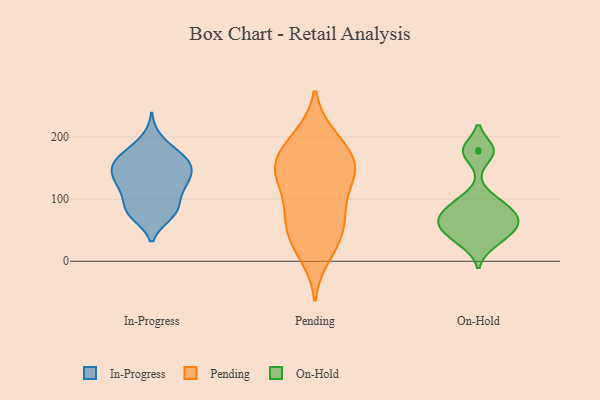
{"axis": {"x": "Shipments", "y": "Value"}, "legend": ["In-Progress", "On-Hold", "Pending"], "data": [{"x": "", "y": 125, "type": "In-Progress"}, {"x": "", "y": 144, "type": "In-Progress"}, {"x": "", "y": 84, "type": "In-Progress"}, {"x": "", "y": 106, "type": "In-Progress"}, {"x": "", "y": 160, "type": "In-Progress"}, {"x": "", "y": 75, "type": "In-Progress"}, {"x": "", "y": 175, "type": "In-Progress"}, {"x": "", "y": 120, "type": "In-Progress"}, {"x": "", "y": 196, "type": "In-Progress"}, {"x": "", "y": 156, "type": "In-Progress"}, {"x": "", "y": 139, "type": "In-Progress"}, {"x": "", "y": 83, "type": "In-Progress"}, {"x": "", "y": 124, "type": "In-Progress"}, {"x": "", "y": 121, "type": "In-Progress"}, {"x": "", "y": 76, "type": "In-Progress"}, {"x": "", "y": 166, "type": "In-Progress"}, {"x": "", "y": 148, "type": "In-Progress"}, {"x": "", "y": 80, "type": "In-Progress"}, {"x": "", "y": 172, "type": "In-Progress"}, {"x": "", "y": 154, "type": "In-Progress"}, {"x": "", "y": 77, "type": "Pending"}, {"x": "", "y": 150, "type": "Pending"}, {"x": "", "y": 200, "type": "Pending"}, {"x": "", "y": 10, "type": "Pending"}, {"x": "", "y": 156, "type": "Pending"}, {"x": "", "y": 75, "type": "Pending"}, {"x": "", "y": 151, "type": "Pending"}, {"x": "", "y": 115, "type": "Pending"}, {"x": "", "y": 140, "type": "Pending"}, {"x": "", "y": 147, "type": "Pending"}, {"x": "", "y": 186, "type": "Pending"}, {"x": "", "y": 146, "type": "Pending"}, {"x": "", "y": 28, "type": "Pending"}, {"x": "", "y": 35, "type": "Pending"}, {"x": "", "y": 54, "type": "Pending"}, {"x": "", "y": 197, "type": "Pending"}, {"x": "", "y": 79, "type": "Pending"}, {"x": "", "y": 54, "type": "On-Hold"}, {"x": "", "y": 176, "type": "On-Hold"}, {"x": "", "y": 93, "type": "On-Hold"}, {"x": "", "y": 179, "type": "On-Hold"}, {"x": "", "y": 71, "type": "On-Hold"}, {"x": "", "y": 29, "type": "On-Hold"}, {"x": "", "y": 41, "type": "On-Hold"}, {"x": "", "y": 68, "type": "On-Hold"}, {"x": "", "y": 62, "type": "On-Hold"}, {"x": "", "y": 94, "type": "On-Hold"}]}